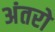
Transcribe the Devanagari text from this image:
अंतरो